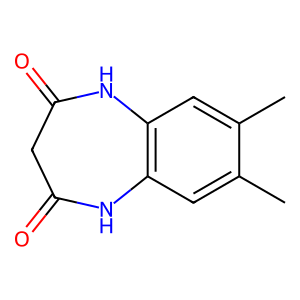
SMILES: Cc1cc2c(cc1C)NC(=O)CC(=O)N2
Inhibits HIV replication: No